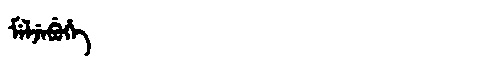
Manchu: ᠮᡝᠯᠵᡝᠪᡠᡥᡝ
Romanization: MELJEBUHE